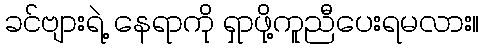
ခင်ဗျားရဲ့ နေရာကို ရှာဖို့ကူညီပေးရမလား။